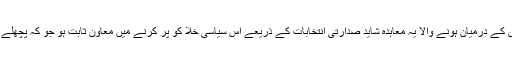
) حسن نصراللہ اور حریری کے درمیان ہونے والا یہ معاہدہ شاید صدارتی انتخابات کے ذریعے اس سیاسی خلا کو پُر کرنے میں معاون ثابت ہو جو کہ پچھلے ڈیڑھ سال سے موجود ہے۔